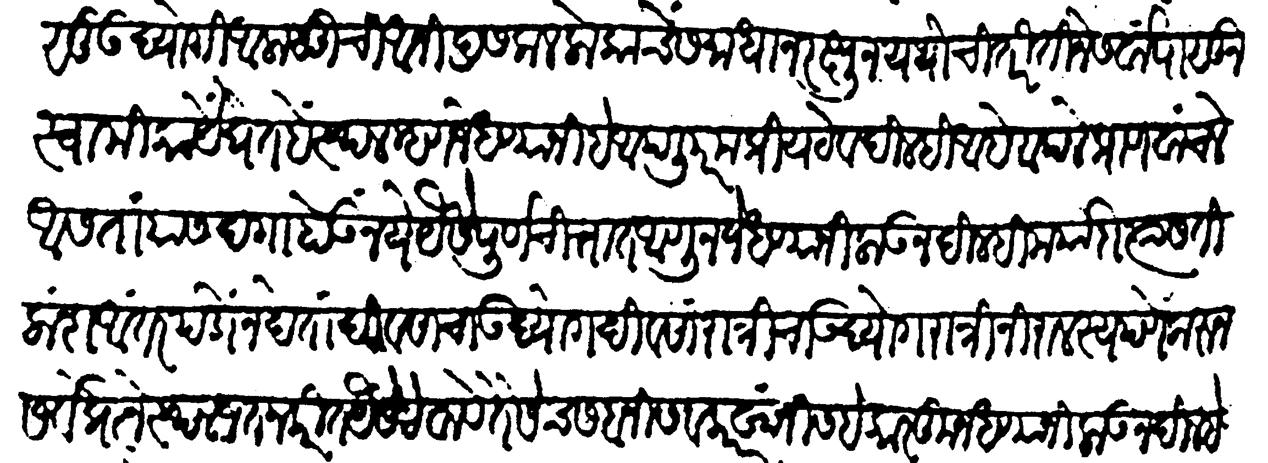
Transliteration (Devanagari): विश्वासू उद्योगी अलालूची अनिद्र सकल लोकांचें समाधान रक्षन यथोचित रीतीने सर्वांपासून स्वामिकार्ये घेत हें स्थळ म्हणजे धण्याने हे आपली परमप्रिय ठेव दिल्ही आहे आपले प्राणवाचले आसता यास दगा होऊनये यैसें पूर्णचित्तांत आणून जे धण्यांनी लाऊन दिल्ही मर्यादा त्यास तीलांश अंतर पडो न देतां दिवसाचा उद्योग दिवसा रात्रीचा उद्योग रात्रीं निरालस्यपणें करुनसर्वप्रेत्नें स्थळ जतनकरीत पैसे ठेवावे तेसेच सबनीस व कारखांनीस हे कारकून धण्यांनी लाऊन दिले